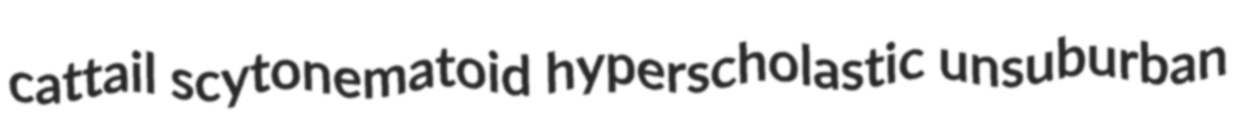
cattail scytonematoid hyperscholastic unsuburban